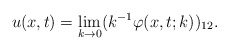
\begin{align*}u(x,t)=\lim _{k\rightarrow 0} ( k^{-1} \varphi (x,t;k))_{12}.\end{align*}